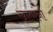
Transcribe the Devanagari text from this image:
खातांना